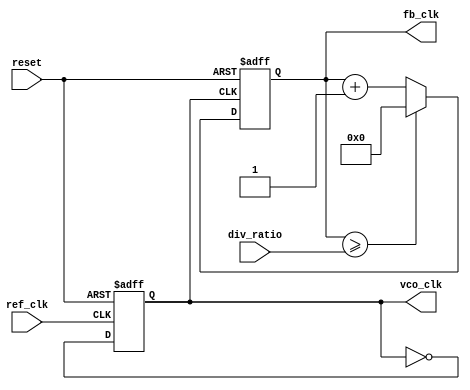
module high_performance_pll (
    input wire ref_clk,          // Reference clock input
    input wire reset,           // Reset signal
    output reg vco_clk,         // VCO output clock
    output reg [N-1:0] fb_clk,  // Feedback clock output
    input wire [N-1:0] div_ratio // Division ratio for frequency divider
);

parameter N = 4; // Number of bits for division ratio
parameter VCO_MAX_FREQ = 100; // Maximum frequency for VCO
parameter VCO_MIN_FREQ = 10;   // Minimum frequency for VCO

// Internal signals
reg phase_error;               // Phase error signal
reg [N-1:0] control_voltage;   // Control voltage from Charge Pump
reg [N-1:0] loop_filter_out;   // Output from Loop Filter
reg [N-1:0] vco_freq;          // Current frequency of VCO

// Phase Detector (PD)
always @(posedge ref_clk or posedge reset) begin
    if (reset) begin
        phase_error <= 0;
    end else begin
        // Compare ref_clk and fb_clk to determine phase error
        // This is a simplified representation
        if (ref_clk > fb_clk) begin
            phase_error <= 1; // ref_clk is leading
        end else begin
            phase_error <= 0; // fb_clk is leading
        end
    end
end

// Charge Pump (CP)
always @(posedge ref_clk or posedge reset) begin
    if (reset) begin
        control_voltage <= 0;
    end else begin
        // Generate control voltage based on phase error
        if (phase_error) begin
            control_voltage <= control_voltage + 1; // Increase voltage
        end else begin
            control_voltage <= control_voltage - 1; // Decrease voltage
        end
    end
end

// Voltage-Controlled Oscillator (VCO)
always @(posedge ref_clk or posedge reset) begin
    if (reset) begin
        vco_freq <= VCO_MIN_FREQ; // Start from minimum frequency
        vco_clk <= 0;
    end else begin
        // Adjust VCO frequency based on control voltage
        if (control_voltage > 0) begin
            vco_freq <= vco_freq + (control_voltage >> 1); // Simplified frequency adjustment
        end else begin
            vco_freq <= vco_freq - (control_voltage >> 1);
        end
        
        // Generate VCO clock based on frequency
        // This is a simple toggle mechanism for demonstration
        if (vco_freq > VCO_MAX_FREQ) begin
            vco_freq <= VCO_MAX_FREQ;
        end else if (vco_freq < VCO_MIN_FREQ) begin
            vco_freq <= VCO_MIN_FREQ;
        end
        
        vco_clk <= ~vco_clk; // Toggle clock output
    end
end

// Frequency Divider (FD)
always @(posedge vco_clk or posedge reset) begin
    if (reset) begin
        fb_clk <= 0;
    end else begin
        // Simple frequency divider logic
        if (vco_clk) begin
            fb_clk <= fb_clk + 1;
            if (fb_clk >= div_ratio) begin
                fb_clk <= 0; // Reset feedback clock
            end
        end
    end
end

// Loop Filter (LF) - Simple implementation
always @(posedge ref_clk or posedge reset) begin
    if (reset) begin
        loop_filter_out <= 0;
    end else begin
        // Simple low-pass filter logic
        loop_filter_out <= (loop_filter_out + control_voltage) >> 1; // Averaging
    end
end

endmodule